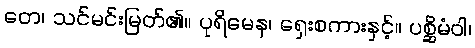
တေ၊ သင်မင်းမြတ်၏။ ပုရိမေန၊ ရှေးစကားနှင့်။ ပစ္ဆိမံဝါ၊